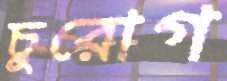
চুরোগ